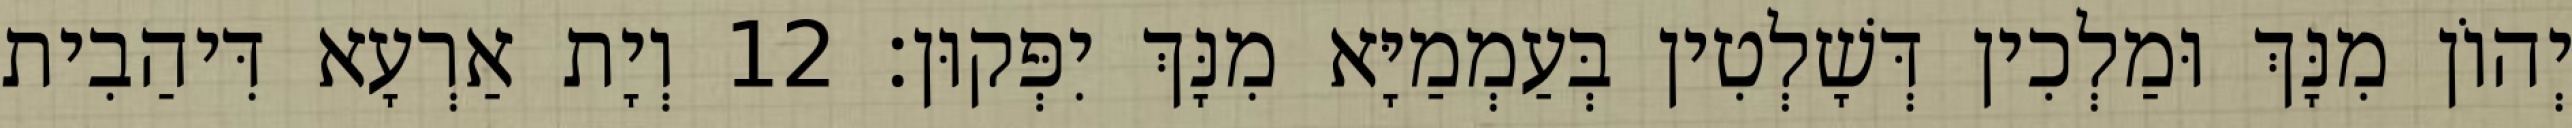
יְהוֹן מִנָּךְ וּמַלְכִין דְּשָׁלְטִין בְּעַמְמַיָּא מִנָּךְ יִפְּקוּן׃ 12 וְיָת אַרְעָא דִּיהַבִית